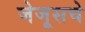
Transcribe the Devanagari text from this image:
जेजूसचे